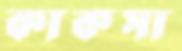
কাকসা